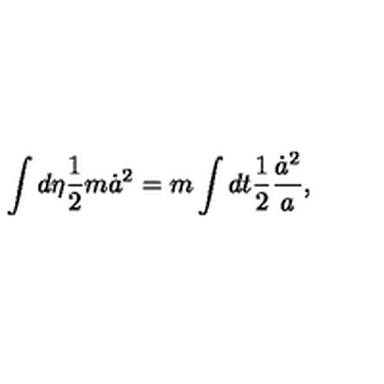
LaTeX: \int d \eta { \frac { 1 } { 2 } } m \dot { a } ^ { 2 } = m \int d t { \frac { 1 } { 2 } } { \frac { \dot { a } ^ { 2 } } { a } } ,